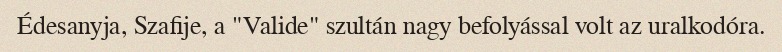
Édesanyja, Szafije, a "Valide" szultán nagy befolyással volt az uralkodóra.